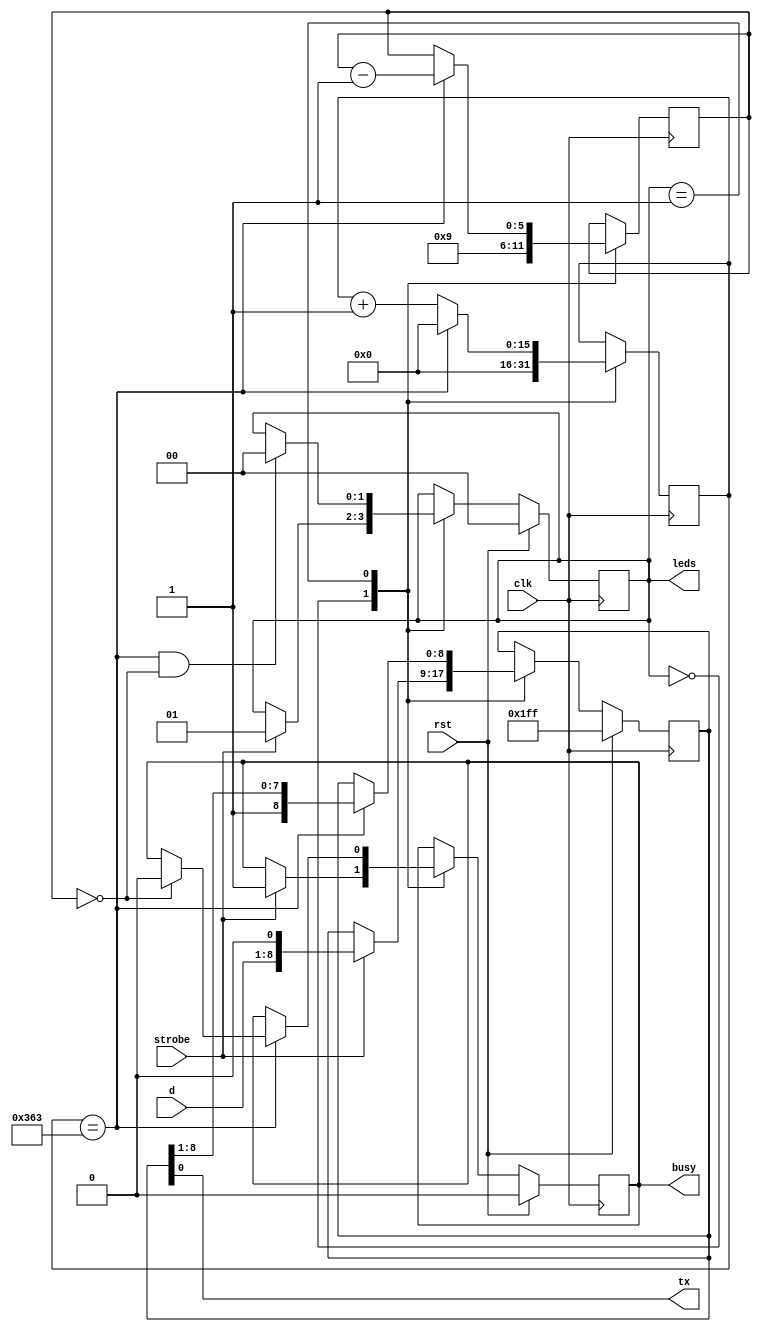
module uarttx #(parameter CLKDIV = (100000000/115200)) (
	input clk,
	input rst,
	input [7:0] d,
	input strobe,
	output tx,
	output reg busy,
   output [1:0] leds 
   );

	localparam
		Idle = 0, Writing = 1;

	reg [1:0] state, nextstate;
	reg [15:0] bitclock;
	reg [5:0] bitcount;
	reg [8:0] data;

	assign tx = data[0];
	wire fullbittime = bitclock == CLKDIV-1;
	wire [5:0]maxbit = 5'd9;
	wire lastbit = bitcount == 0;
   assign leds = state;
   
	always @(*) begin
		nextstate = state;
		case (state)
		Idle:
			if (strobe) nextstate = Writing;
		Writing:
			if (fullbittime & lastbit) nextstate = Idle;
		endcase
	end

	always @(posedge clk)
	if (rst)
		state <= Idle;
	else
		state <= nextstate;

	always @(posedge clk)
	case (state)
		Idle:
			bitcount <= maxbit;
		Writing:
			if (fullbittime) bitcount <= bitcount - 1'd1;
	endcase

	always @(posedge clk)
	case (state)
		Idle:
			bitclock <= 0;
		Writing:
			if (fullbittime) bitclock <= 0;
			else bitclock <= bitclock + 1'd1;
	endcase

	always @(posedge clk)
	if (rst) begin
		data <= ~0;
		busy <= 0;
	end else case (state)
		Idle:
			if (strobe) begin
				data <= {d,1'b0};
				busy <= 1'b1;
			end
		Writing:
			if (fullbittime) begin
				data <= {1'b1,data[8:1]};
				if (lastbit) busy <= 0;
			end
	endcase

endmodule